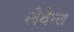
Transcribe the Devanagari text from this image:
लेवेन्त